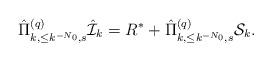
LaTeX: \begin{align*}\hat\Pi^{(q)}_{k,\leq k^{-N_0},s}\hat{\mathcal{I}}_k=R^*+\hat\Pi^{(q)}_{k,\leq k^{-N_0},s}\mathcal{S}_k.\end{align*}